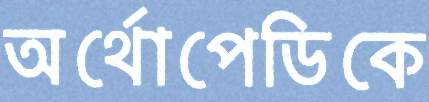
অর্থোপেডিকে